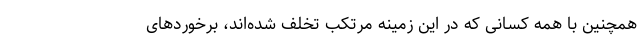
همچنین با همه کسانی که در این زمینه مرتکب تخلف شده‌اند، برخوردهای